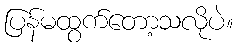
ပြန်မထွက်တော့သလိုပဲ။